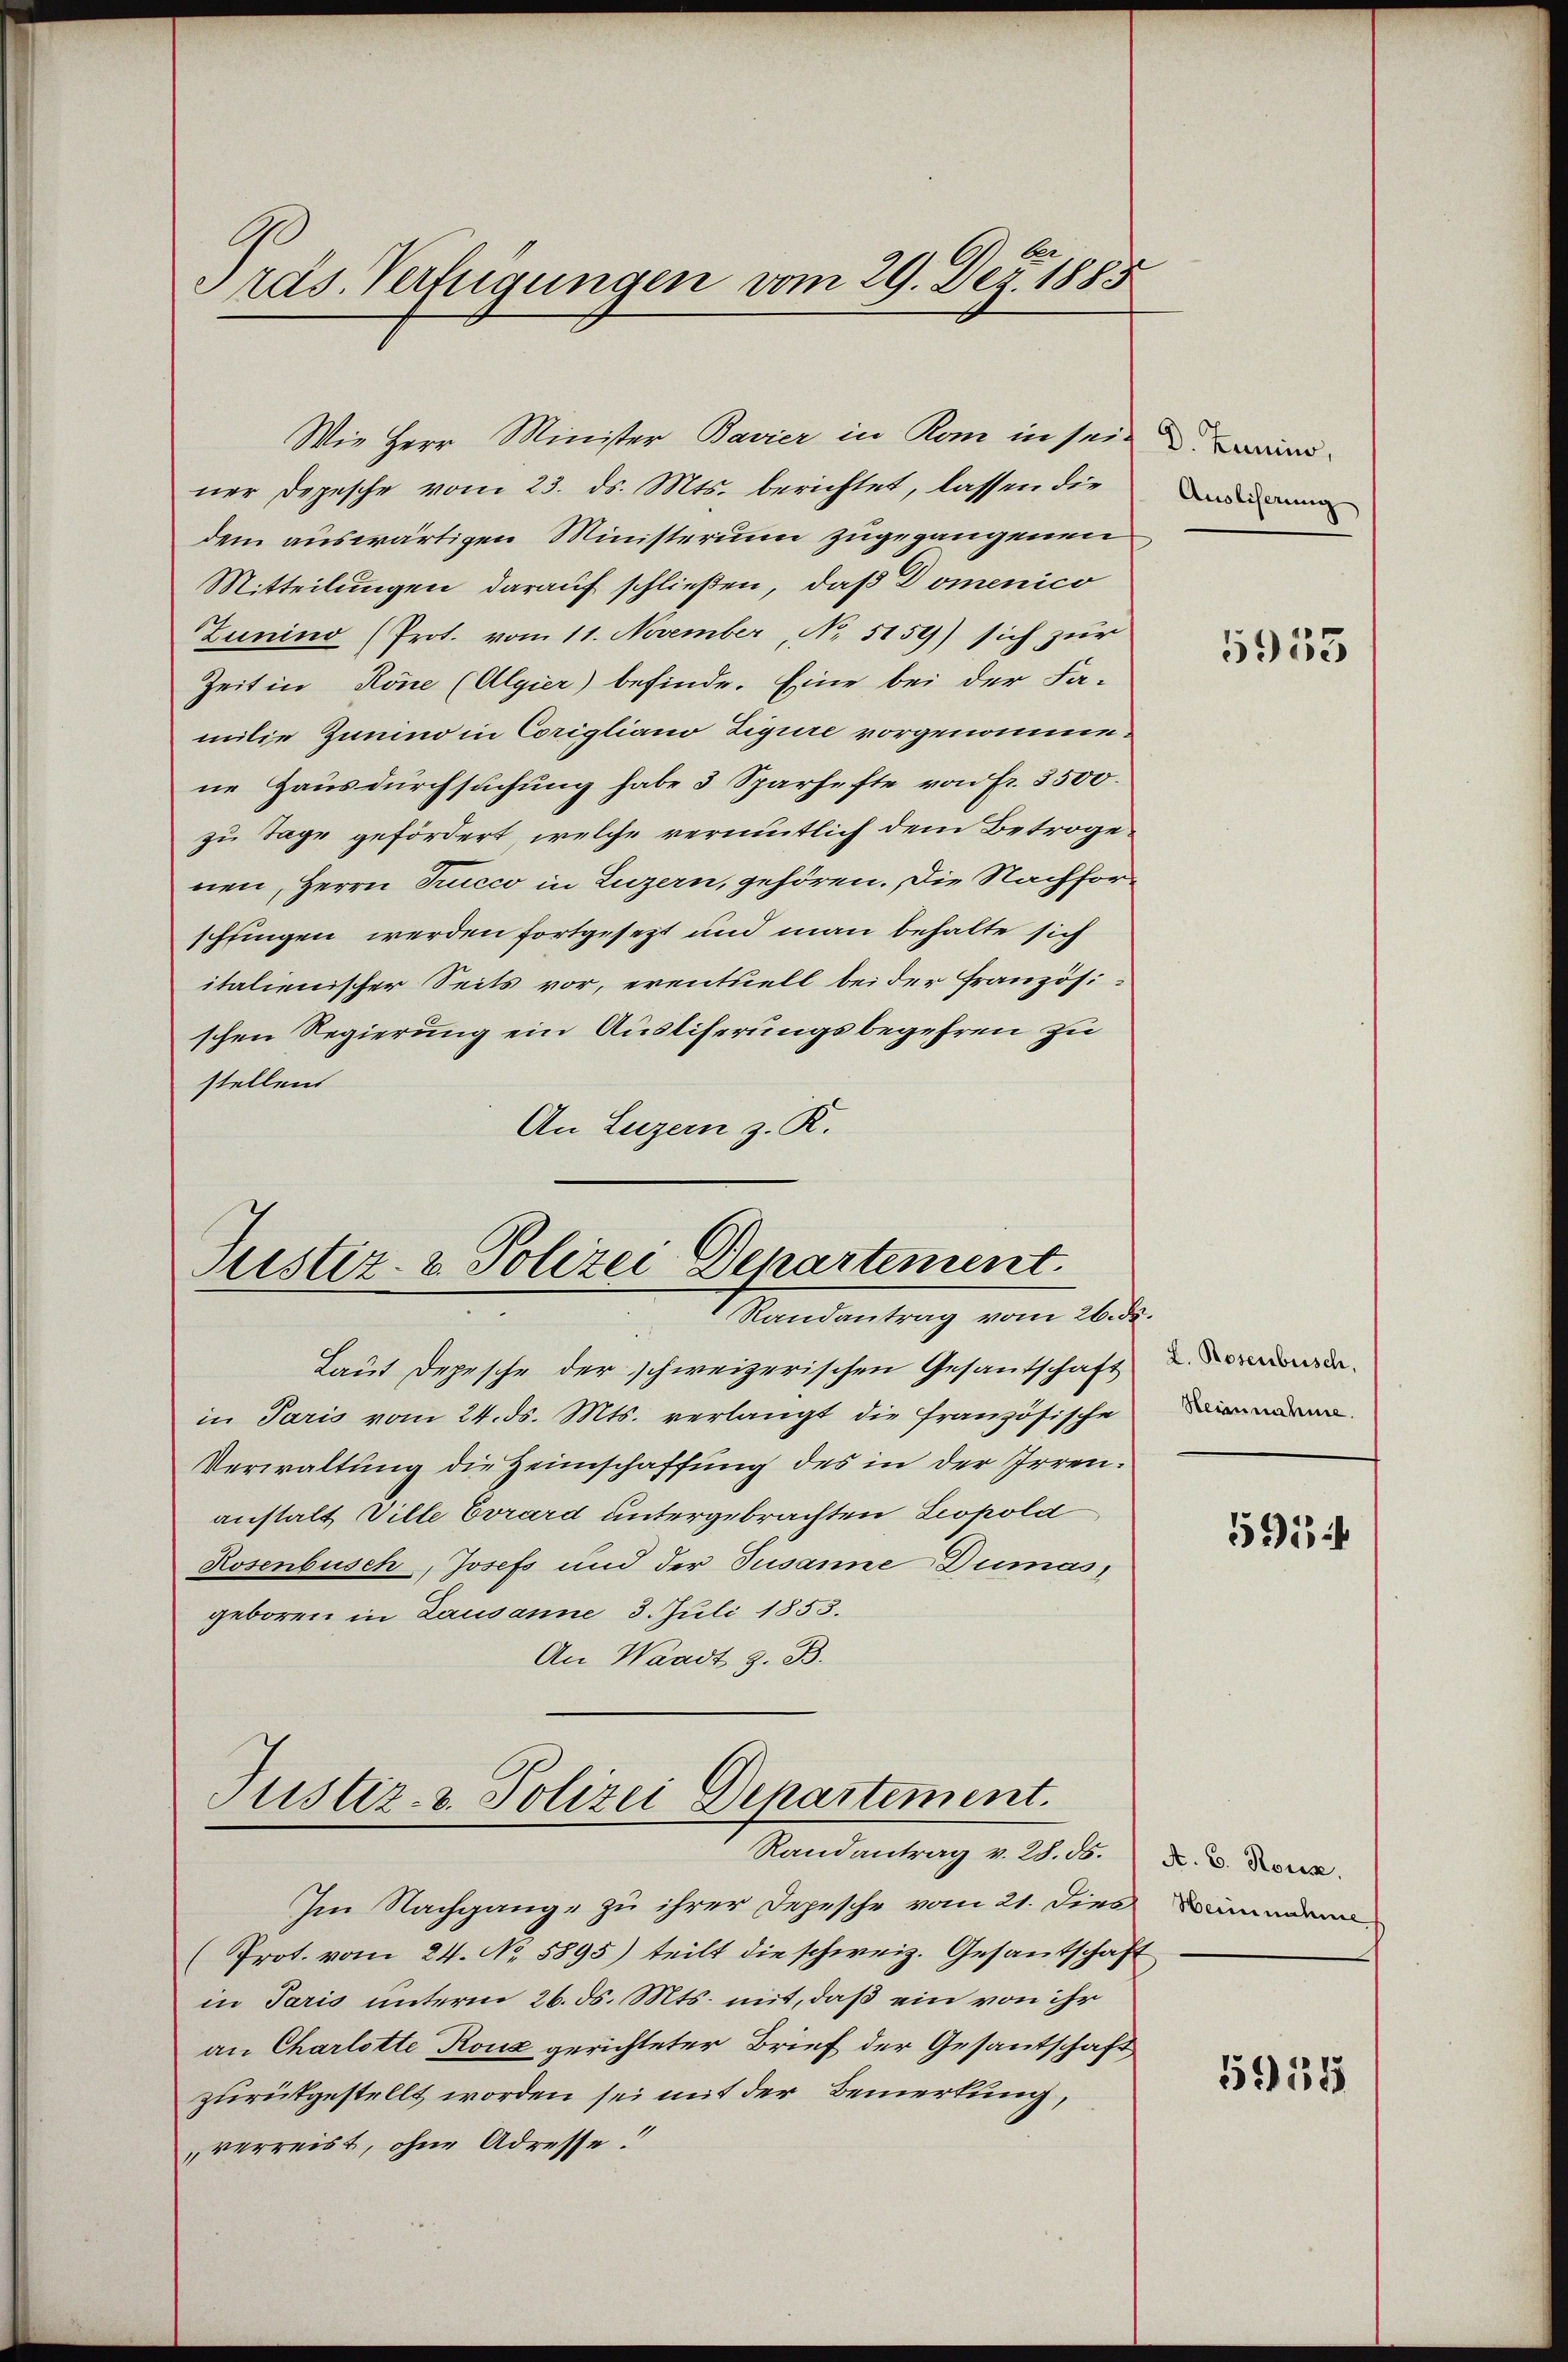
räs. Verfügungen vom 29. Dez. 1885

Justiz- & Polizei Departement.
Randantrag vom 26. ds.

Laut Depesche der schweizerischen Gesantschaft
in Paris vom 24. ds. Mts. verlangt die französische
Verwaltung die Heimschaffung des in der Irrenanstalt Ville Evrard untergebrachten Leopola
Rosenbusch, Josefs und der Susanne Dumasgeboren in Lausanne 3. Juli 1853.
An Waadt z. B.

Wie Herr Minister Bavier in Rom in sein wird
ner Depesche vom 23. ds. Mts. berichtet, lassen die
dem auswärtigen Ministerium zugegangenen
Mitteilungen darauf schließen, daß Domenico
Zunino (Prot. vom 11. November, No. 5159) sich zur
Zeit in Röne (Algier) befinde. Eine bei der Fa-
milie Zumino in Corigliano Figure vorgenommene Hausdurchsuchung habe 3 Sparhefte von Fr. 3500.
zu Tage gefördert, welche vermutlich dem Betroge.
nen, Herrn Trucco in Luzern, gehören. Die Nachforschlingen werden fortgesezt und man behalte sich
italienischer Seits vor, eventuell bei der Französi-
schen Regierung ein Ausliserungsbegehren zu
stellen
An Luzern z. R.

Justiz- & Polizei Departement.
Randantrag v. 28. ds.

Im Nachgange zu ihrer Depesche vom 21. Dies
(Prot. vom 24. No. 5895) teilt die schweiz. Gesantschaft
in Paris unterm 26. ds. Mts. mit, daß ein von ihr
an Charlotte Rouz gerichteter Brief der Gesantschaft
zurückgestellt worden sei mit der Bemerkung,
verreist, ohne Adresse!

Ausliserung

5953

L. Rosenbusch.
Heinnahme.

595

A. B. Rous.
Weinnahme

5931